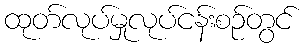
ထုတ်လုပ်မှုလုပ်ငန်းစဉ်တွင်